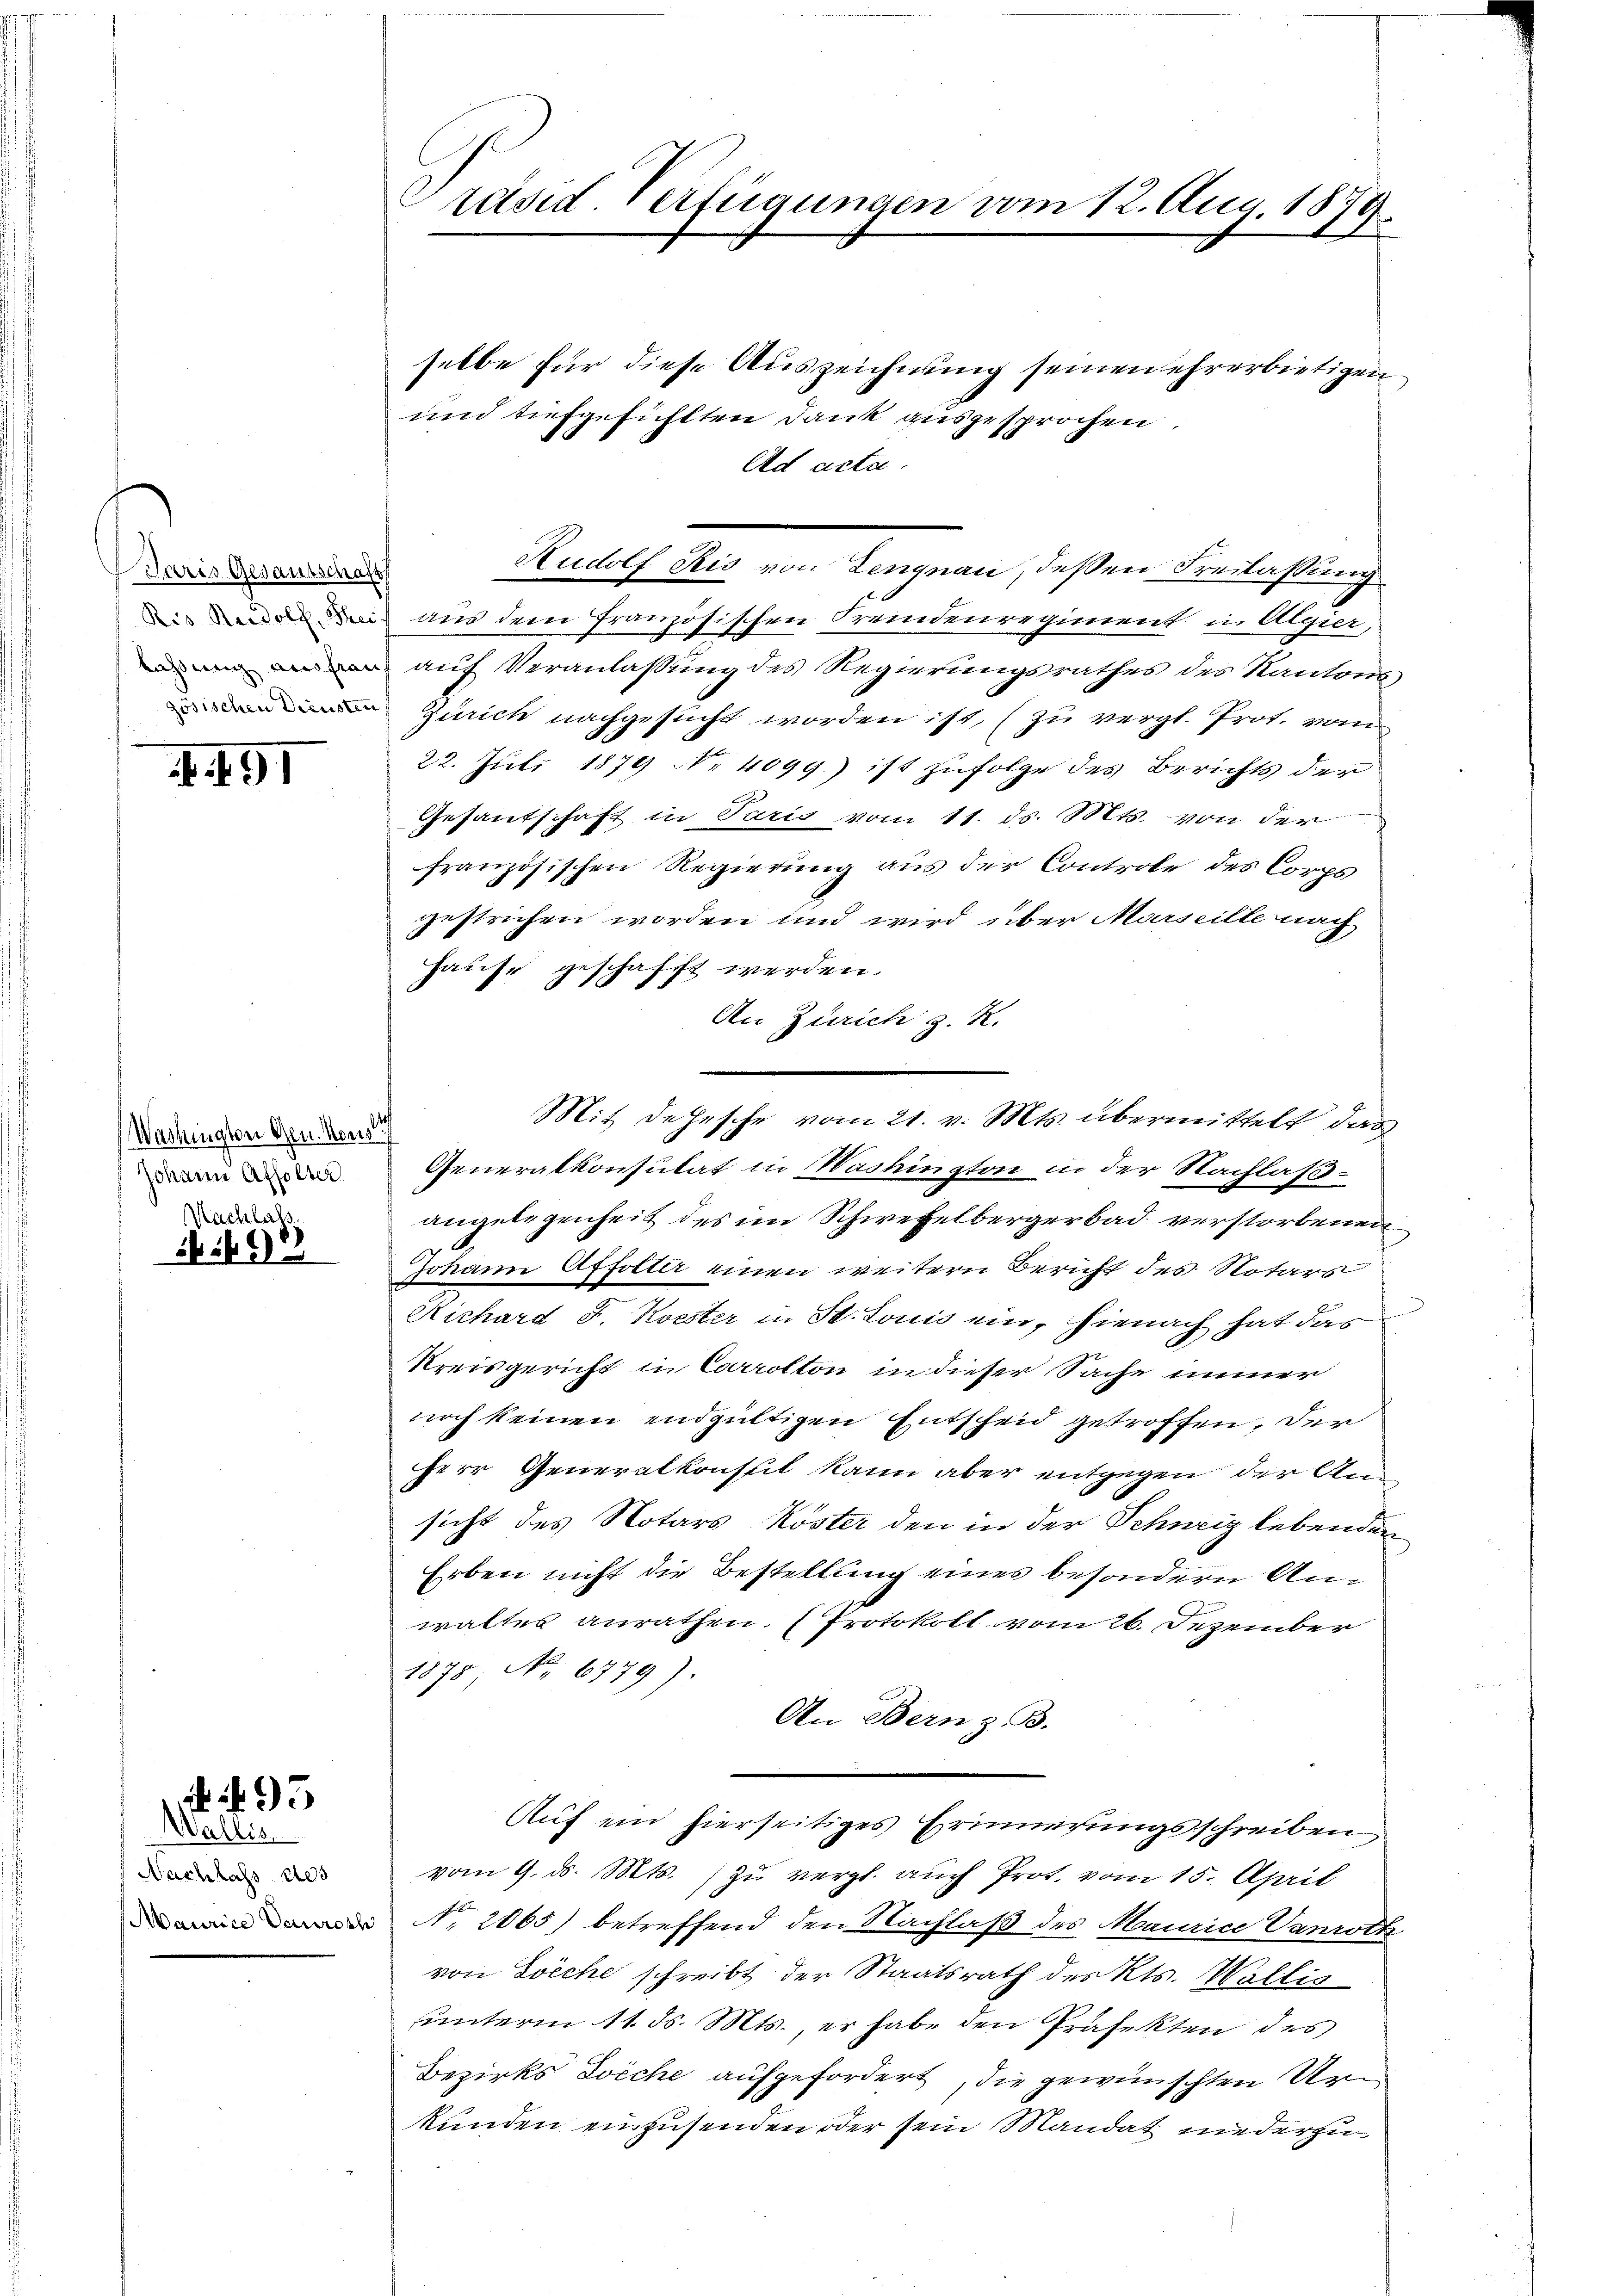
Paris Gesantschaft
Ris Rudolf, Thei
kasung ausfrau
zösischen Diensten

I.191

Washingten Gen. Moris
Johann Affolter
Nachlass

2 ib

Wallis
Nachlass 1403
Maurice Caurosh

95

räsid. Verfügungen vom 12. Aug. 1879.

selbe für diese Auszeichnung seinen ehrerbietigen
und tiefgesichtten Dank ausgesprochen
Ad acta.
Rudolf Ris von Lengnau, deßen Freilassung
aus dem französischen Fremdenregiment in Algier,
auf Veranlassung des Regierungsrathes des Kantons
Zürich nachgesucht worden ist, (zu vergl. Prot. vom
22. Juli 1879 No 4099) ist zufolge des Berichts der
Gesantschaft in Paris vom 11. ds. Mts. von der
französischen Regierung aus der Controle des Corps
gestrichen worden und wird über Marseille nach
schafft werden.
Hause gesp
An Zürich z. R.
Generalkonsulat in Washington in der Nachlaßangelegenheit des im Schwefelbergerbad verstorbenen
Johann Affolter einen weitern Bericht des Notars
Richard F. Koester in St. Louis ein, hienach hat das
Kreisgericht in Corrolton in dieser Sache immer
noch keinen endgültigen Entscheid getroffen, der
herr Generalkonseit kann aber entgegen der Ansicht des Notars Köster den in der Schweiz lebenden
Erben nicht die Bestellung eines besondern Anwaltes anrathen. (Protokoll vom 26. Dezember
1875. No. 6779).
An Bern z. B.
Auf ein hierseitiges Erinnerungsschreiben
vom 9. ds. Mts. zu vergl. auch Prot. vom 15. April
f
. 2065) betreffend den Nachlaß des Maurice Vanroth
von Solche schreibt der Staatsrath des Kts. Wallis
unterm 11. ds. Mts., er habe den Präfekten des
Bezirks Zeche aufgefordert, die gewünschten Urkunden einzusenden oder sein Mandat niederzu

Mit dehesche vom 21. v. Mts. übermittelt, das